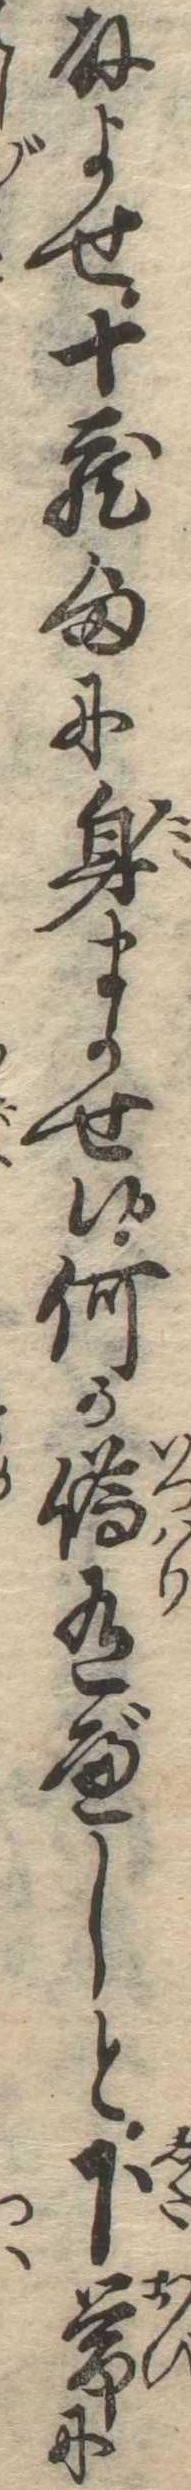
取よせ十蔵様に身まかせ候何か偽有べしと下帯に